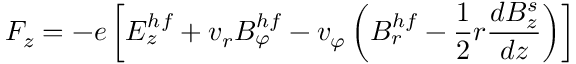
F _ { z } = - e \left[ E _ { z } ^ { h f } + v _ { r } B _ { \varphi } ^ { h f } - v _ { \varphi } \left( B _ { r } ^ { h f } - \frac { 1 } { 2 } r \frac { d B _ { z } ^ { s } } { d z } \right) \right]